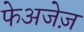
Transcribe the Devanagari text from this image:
फेअजेज़